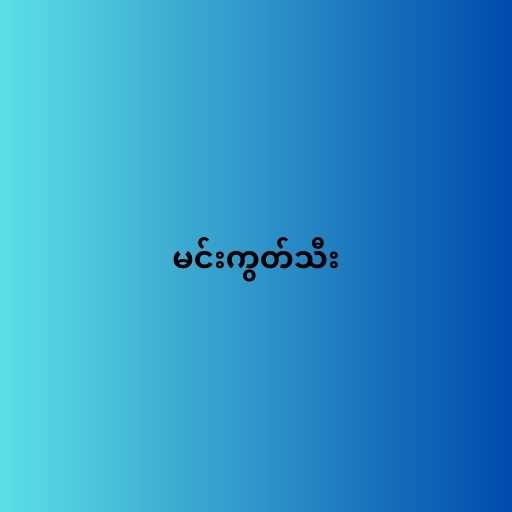
မင်းကွတ်သီး